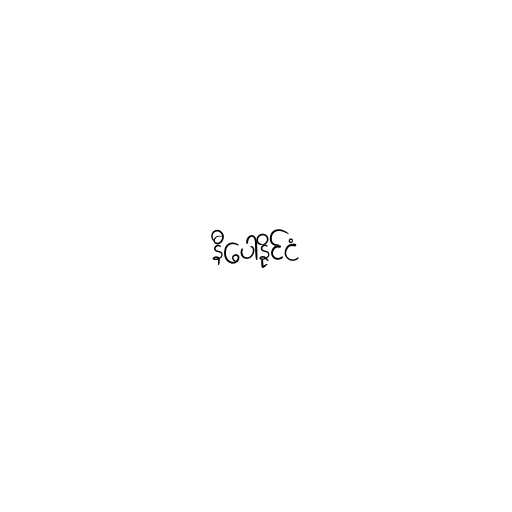
နီပေါနိုင်ငံ